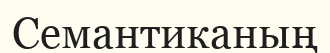
Семантиканың